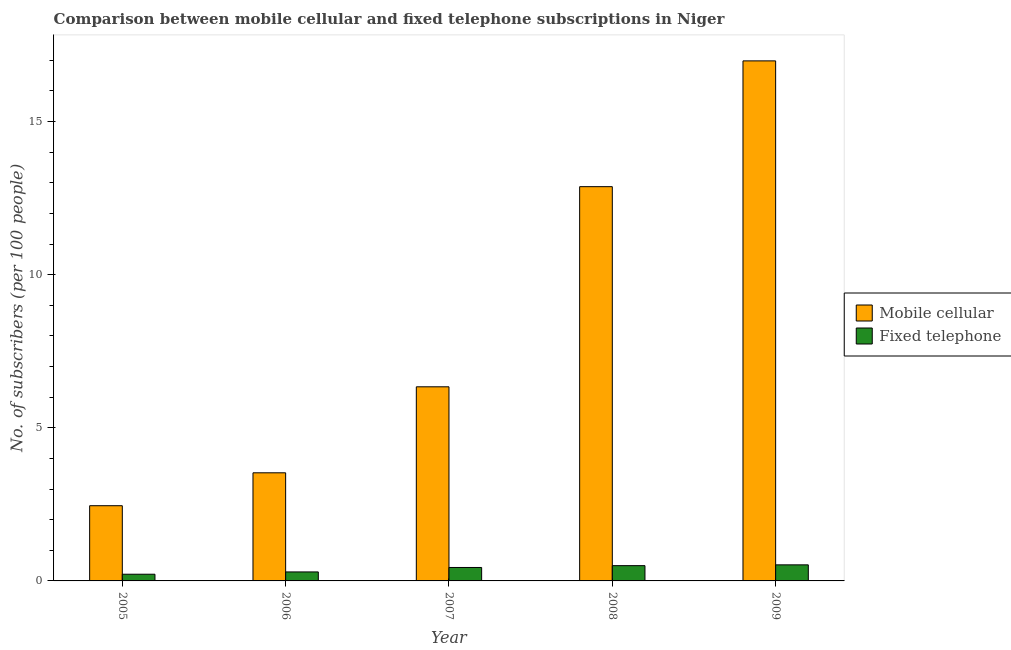
| Year | Mobile cellular | Fixed telephone |
 | --- | --- | --- |
 | 2005 | 2.46 | 0.219 |
 | 2006 | 3.53 | 0.294 |
 | 2007 | 6.34 | 0.439 |
 | 2008 | 12.9 | 0.499 |
 | 2009 | 17 | 0.525 |